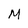
Character: M